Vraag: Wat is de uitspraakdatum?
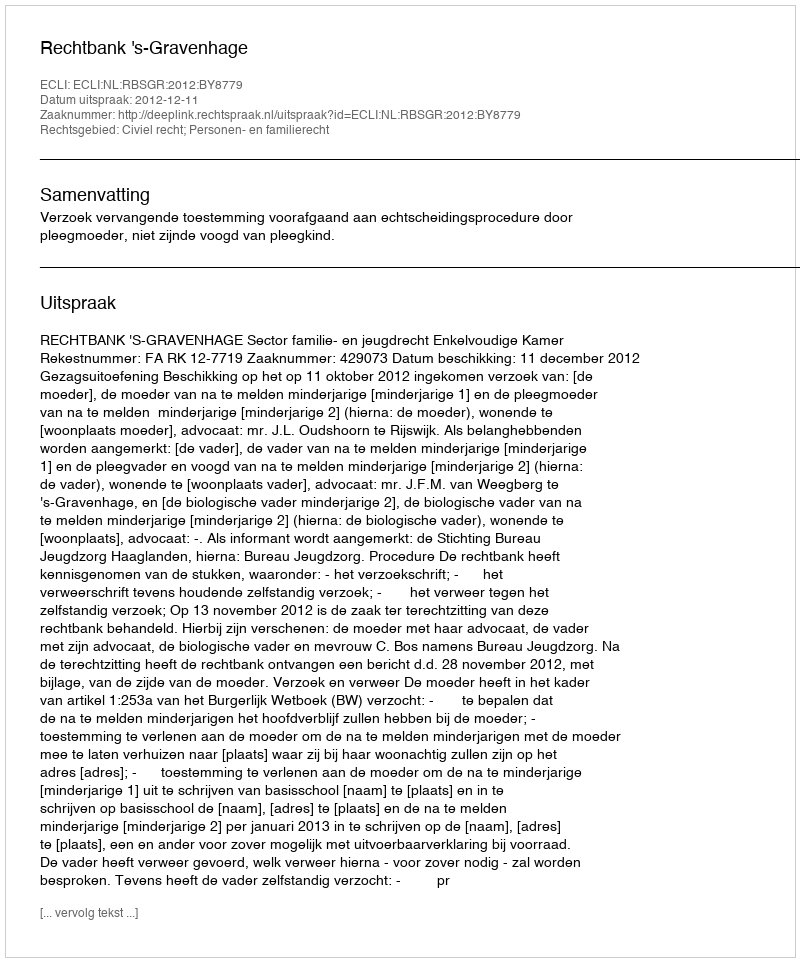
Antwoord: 2012-12-11